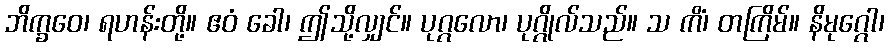
ဘိက္ခဝေ၊ ရဟန်းတို့။ ဧဝံ ခေါ၊ ဤသို့လျှင်။ ပုဂ္ဂလော၊ ပုဂ္ဂိုလ်သည်။ သ ကိံ၊ တကြိမ်။ နိမုဂ္ဂေါ၊